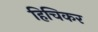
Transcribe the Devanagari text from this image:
हिचिकर